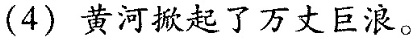
(4) 黄河掀起了万丈巨浪。